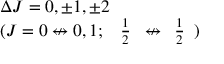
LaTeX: \begin{array} { l } { \Delta J = 0 , \pm 1 , \pm 2 } \\ { ( J = 0 \not \leftrightarrow 0 , 1 ; \ { \begin{array} { l } { { \frac { 1 } { 2 } } } \end{array} } \not \leftrightarrow { \begin{array} { l } { { \frac { 1 } { 2 } } } \end{array} } ) } \end{array}